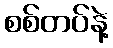
စစ်တပ်နဲ့